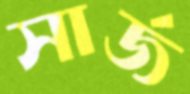
সার্জ